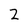
Character: 2